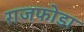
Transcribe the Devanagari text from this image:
राजफोडा